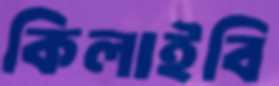
কিলাইবি